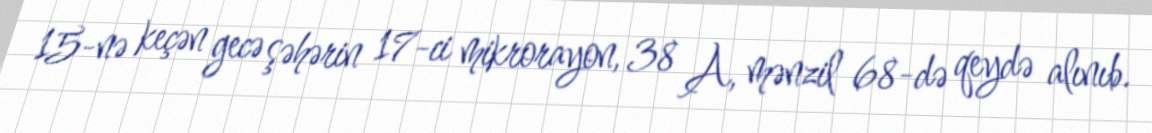
15-nə keçən gecə şəhərin 17-ci mikrorayon, 38 A, mənzil 68-də qeydə alınıb.